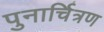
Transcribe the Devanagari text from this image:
पुनार्चित्रण